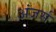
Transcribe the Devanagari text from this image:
अंजर्स